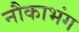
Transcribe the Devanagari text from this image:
नौकाभंग